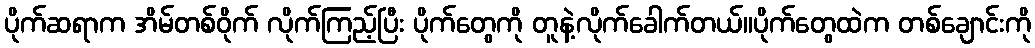
ပိုက်ဆရာက အိမ်တစ်ဝိုက် လိုက်ကြည့်ပြီး ပိုက်တွေကို တူနဲ့လိုက်ခေါက်တယ်။ပိုက်တွေထဲက တစ်ချောင်းကို